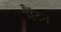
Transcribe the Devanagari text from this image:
सैंटन